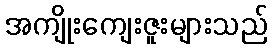
အကျိုးကျေးဇူးများသည်